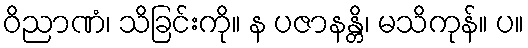
ဝိညာဏံ၊ သိခြင်းကို။ န ပဇာနန္တိ၊ မသိကုန်။ ပ။